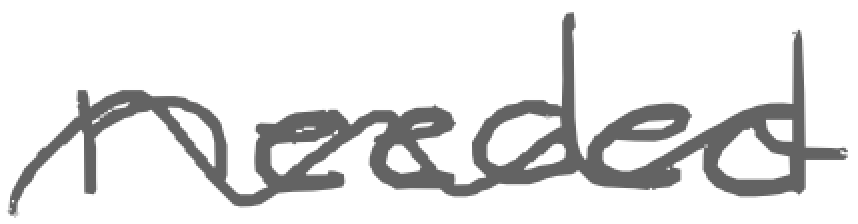
Text: needed
Cross-out: wave
Writing tool: digital_gray